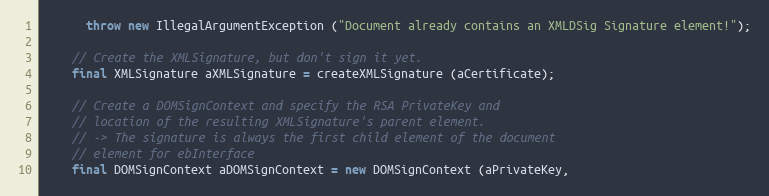
Language: Java
      throw new IllegalArgumentException ("Document already contains an XMLDSig Signature element!");

    // Create the XMLSignature, but don't sign it yet.
    final XMLSignature aXMLSignature = createXMLSignature (aCertificate);

    // Create a DOMSignContext and specify the RSA PrivateKey and
    // location of the resulting XMLSignature's parent element.
    // -> The signature is always the first child element of the document
    // element for ebInterface
    final DOMSignContext aDOMSignContext = new DOMSignContext (aPrivateKey,